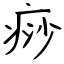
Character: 痧